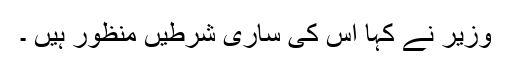
وزیر نے کہا اس کی ساری شرطیں منظور ہیں ۔